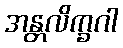
အန္တလိက္ခဂါ